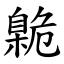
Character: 臲